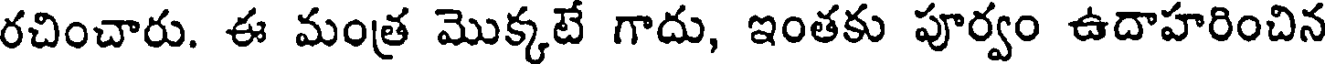
రచించారు. ఈ మంత్ర మొక్కటే గాదు, ఇంతకు పూర్వం ఉదాహరించిన